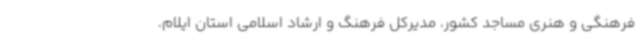
فرهنگی و هنری مساجد کشور، مدیرکل فرهنگ و ارشاد اسلامی استان ایلام،